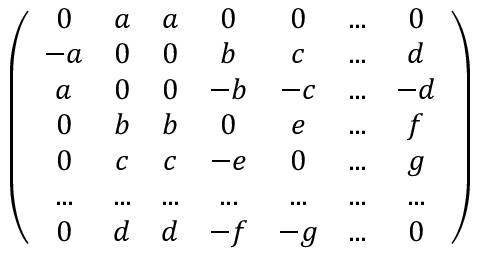
\left( \begin{array} { c c c c c c c } { { 0 } } & { { a } } & { { a } } & { { 0 } } & { { 0 } } & { { . . . } } & { { 0 } } \\ { { - a } } & { { 0 } } & { { 0 } } & { { b } } & { { c } } & { { . . . } } & { { d } } \\ { { a } } & { { 0 } } & { { 0 } } & { { - b } } & { { - c } } & { { . . . } } & { { - d } } \\ { { 0 } } & { { b } } & { { b } } & { { 0 } } & { { e } } & { { . . . } } & { { f } } \\ { { 0 } } & { { c } } & { { c } } & { { - e } } & { { 0 } } & { { . . . } } & { { g } } \\ { { . . . } } & { { . . . } } & { { . . . } } & { { . . . } } & { { . . . } } & { { . . . } } & { { . . . } } \\ { { 0 } } & { { d } } & { { d } } & { { - f } } & { { - g } } & { { . . . } } & { { 0 } } \end{array} \right)